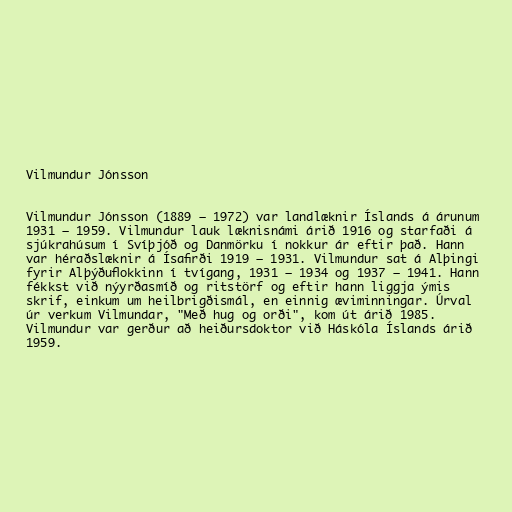
Vilmundur Jónsson

Vilmundur Jónsson (1889 – 1972) var landlæknir Íslands á árunum
1931 – 1959. Vilmundur lauk læknisnámi árið 1916 og starfaði á
sjúkrahúsum í Svíþjóð og Danmörku í nokkur ár eftir það. Hann
var héraðslæknir á Ísafirði 1919 – 1931. Vilmundur sat á Alþingi
fyrir Alþýðuflokkinn í tvígang, 1931 – 1934 og 1937 – 1941. Hann
fékkst við nýyrðasmíð og ritstörf og eftir hann liggja ýmis
skrif, einkum um heilbrigðismál, en einnig æviminningar. Úrval
úr verkum Vilmundar, "Með hug og orði", kom út árið 1985.
Vilmundur var gerður að heiðursdoktor við Háskóla Íslands árið
1959.